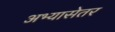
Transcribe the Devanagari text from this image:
अभ्यासेतर